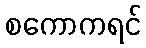
စကောကရင်